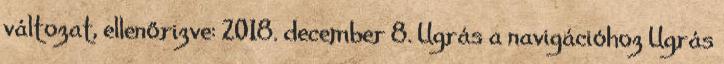
változat, ellenőrizve: 2018. december 8. Ugrás a navigációhoz Ugrás